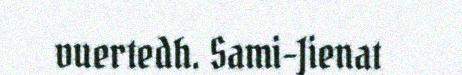
vuertedh. Sami-Jienat